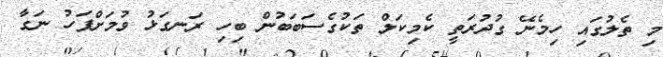
މި ތެލުގައި ހިމެނޭ ގުދުރަތީ ކެމިކަލް ތަކުގެސަބަބުން ބިހި ރަނގަޅު ވުމަށްފަހު ނަގާ